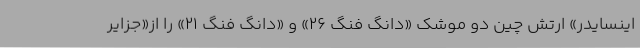
اینسایدر» ارتش چین دو موشک «دانگ فنگ ۲۶» و «دانگ فنگ ۲۱» را از«جزایر